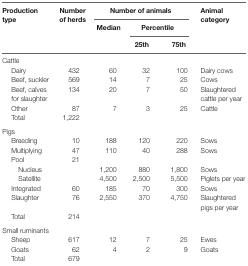
<table><thead><tr><td><b>Production type</b></td><td><b>Number of herds</b></td><td colspan="3"><b>Number of animals</b></td><td><b>Animal category</b></td></tr><tr><td></td><td></td><td><b>Median</b></td><td colspan="2"><b>Percentile</b></td><td></td></tr><tr><td></td><td></td><td></td><td><b>25th</b></td><td><b>75th</b></td><td></td></tr></thead><tbody><tr><td colspan="6">Cattle</td></tr><tr><td> Dairy</td><td>432</td><td>60</td><td>32</td><td>100</td><td>Dairy cows</td></tr><tr><td> Beef, suckler</td><td>569</td><td>14</td><td>7</td><td>25</td><td>Cows</td></tr><tr><td> Beef, calves for slaughter</td><td>134</td><td>20</td><td>7</td><td>50</td><td>Slaughtered cattle per year</td></tr><tr><td> Other</td><td>87</td><td>7</td><td>3</td><td>25</td><td>Cattle</td></tr><tr><td> Total</td><td>1,222</td><td></td><td></td><td></td><td></td></tr><tr><td colspan="6">Pigs</td></tr><tr><td> Breeding</td><td>10</td><td>188</td><td>120</td><td>220</td><td>Sows</td></tr><tr><td> Multiplying</td><td>47</td><td>110</td><td>40</td><td>288</td><td>Sows</td></tr><tr><td> Pool</td><td>21</td><td></td><td></td><td></td><td></td></tr><tr><td>Nucleus</td><td></td><td>1,200</td><td>880</td><td>1,800</td><td>Sows</td></tr><tr><td>Satellite</td><td></td><td>4,500</td><td>2,500</td><td>5,500</td><td>Piglets per year</td></tr><tr><td> Integrated</td><td>60</td><td>185</td><td>70</td><td>300</td><td>Sows</td></tr><tr><td> Slaughter</td><td>76</td><td>2,550</td><td>370</td><td>4,750</td><td>Slaughtered pigs per year</td></tr><tr><td> Total</td><td>214</td><td></td><td></td><td></td><td></td></tr><tr><td colspan="6">Small ruminants</td></tr><tr><td> Sheep</td><td>617</td><td>12</td><td>7</td><td>25</td><td>Ewes</td></tr><tr><td> Goats</td><td>62</td><td>4</td><td>2</td><td>9</td><td>Goats</td></tr><tr><td> Total</td><td>679</td><td></td><td></td><td></td><td></td></tr></tbody></table>